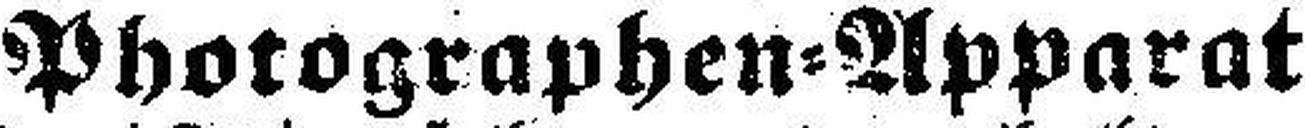
Photographen=Apparat